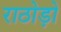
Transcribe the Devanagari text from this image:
राठोड़ो